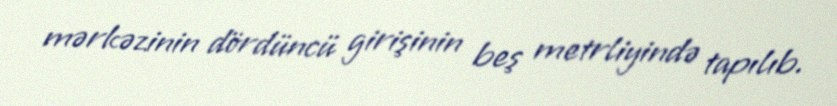
mərkəzinin dördüncü girişinin beş metrliyində tapılıb.